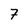
Character: 7